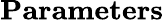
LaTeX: \textbf{Parameters}